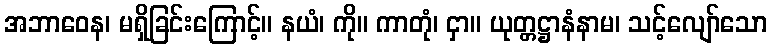
အဘာဝေန၊ မရှိခြင်းကြောင့်။ နယံ၊ ကို။ ကာတုံ၊ ငှာ။ ယုတ္တဋ္ဌာနံနာမ၊ သင့်လျော်သော